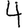
Digit: 4